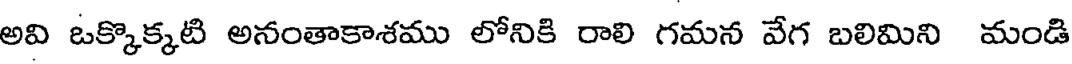
అవి ఒక్కొక్కటి అనంతాకాశము లోనికి రాలి గమన వేగ బలిమిని మండి